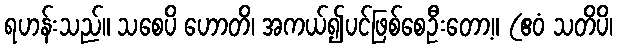
ရဟန်းသည်။ သစေပိ ဟောတိ၊ အကယ်၍ပင်ဖြစ်စေဦးတော့။ (ဧဝံ သတိပိ၊